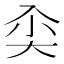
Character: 𰃘